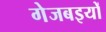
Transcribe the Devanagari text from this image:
गेजबइयों